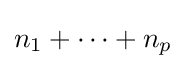
\textstyle n_{1}+\dots +n_{p}